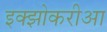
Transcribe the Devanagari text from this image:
इक्झोकरीआ